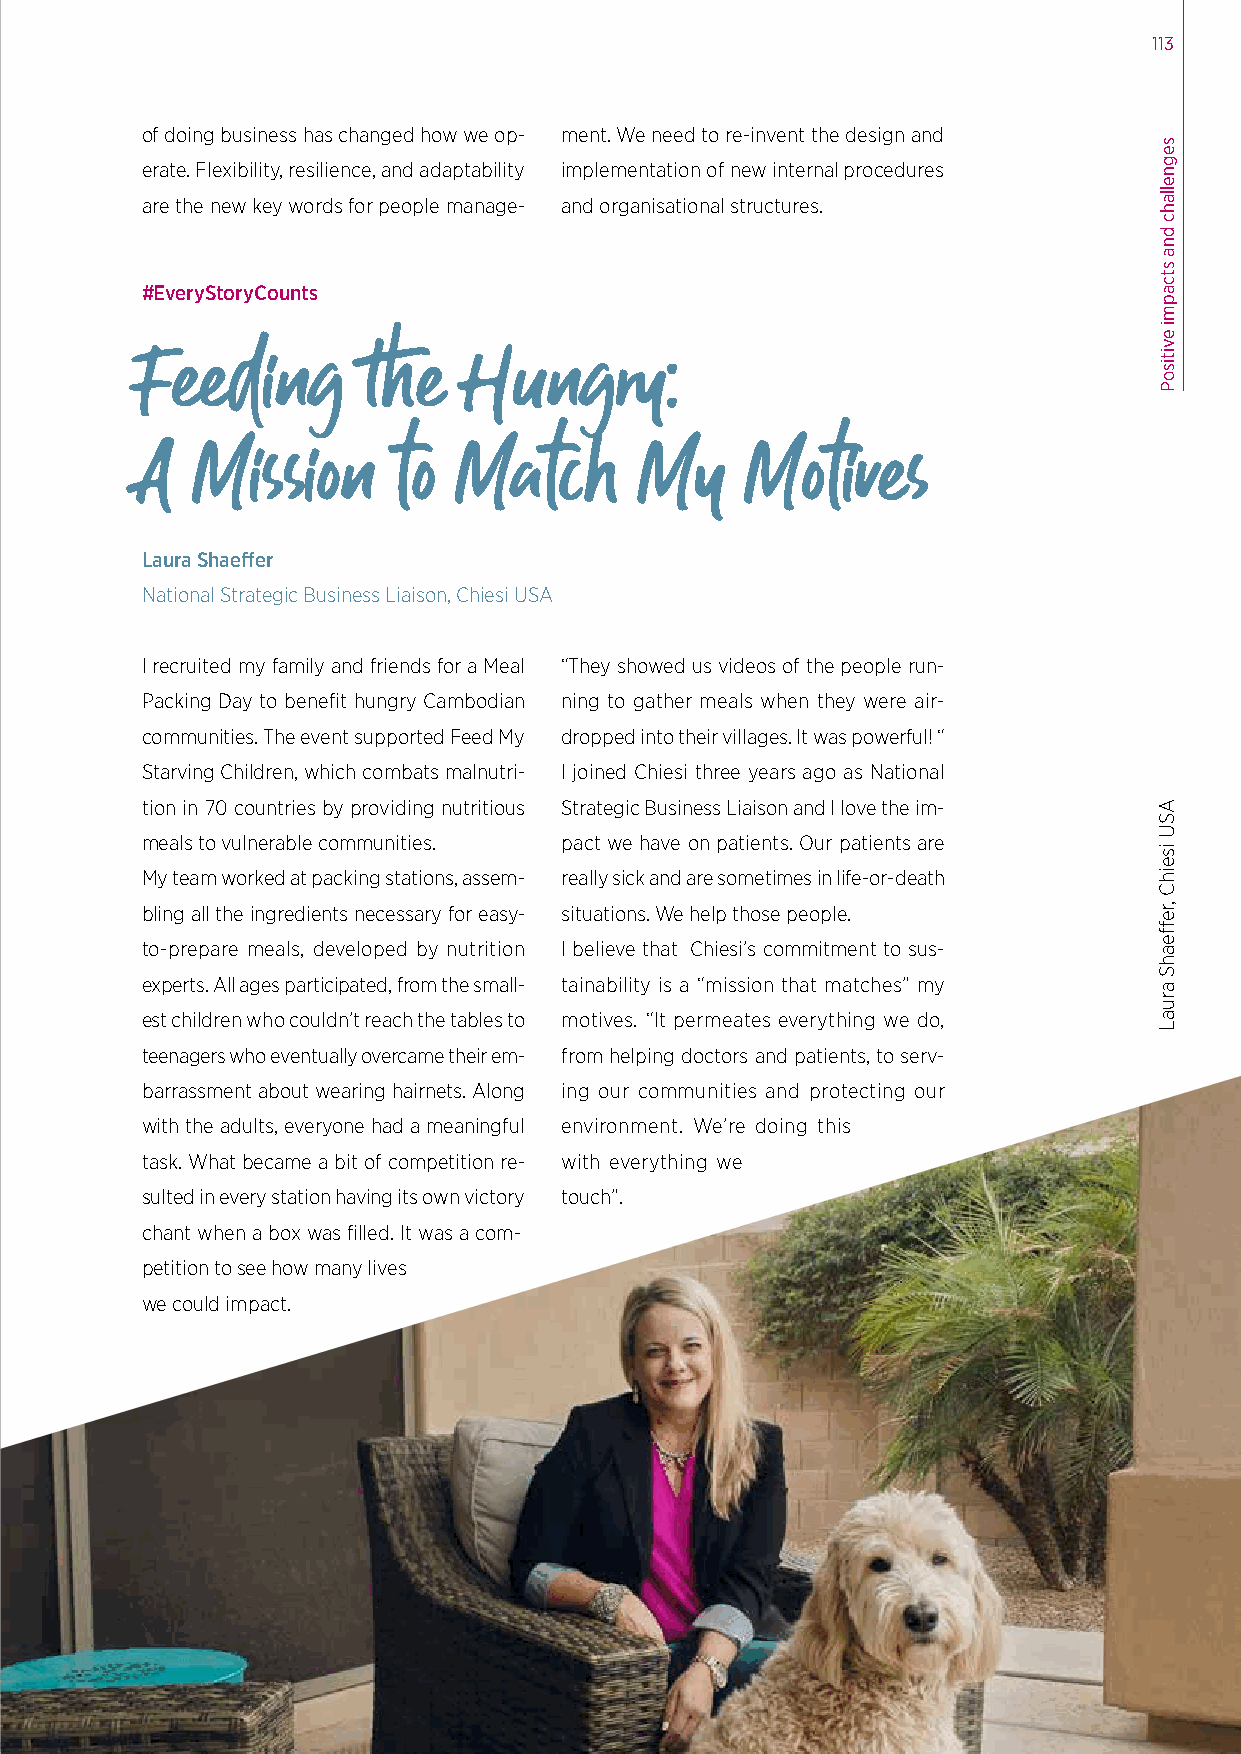
113
 of doing business has changed how we op- ment. We need to re-invent the design and
 erate. Flexibility, resilience, and adaptability implementation of new internal procedures
 are the new key words for people manage- and organisational structures.
 #EveryStoryCounts
 Feeding        the    Hungry:
 A   Mission      to  Match       My     Motives
 Laura Shaeffer
 National Strategic Business Liaison, Chiesi USA
 I recruited my family and friends for a Meal “They showed us videos of the people run-
 Packing Day to benefit hungry Cambodian ning to gather meals when they were air-
 communities. The event supported Feed My dropped into their villages. It was powerful! “
 Starving Children, which combats malnutri- I joined Chiesi three years ago as National
 tion in 70 countries by providing nutritious Strategic Business Liaison and I love the im-
 meals to vulnerable communities. pact we have on patients. Our patients are
 My team worked at packing stations, assem- really sick and are sometimes in life-or-death
 bling all the ingredients necessary for easy- situations. We help those people.
 to-prepare meals, developed by nutrition I believe that Chiesi’s commitment to sus-
 experts. All ages participated, from the small- tainability is a “mission that matches” my
 est children who couldn’t reach the tables to motives. “It permeates everything we do,
 teenagers who eventually overcame their em- from helping doctors and patients, to serv-
 barrassment about wearing hairnets. Along ing our communities and protecting our
 with the adults, everyone had a meaningful environment. We’re doing this
 task. What became a bit of competition re- with everything we
 sulted in every station having its own victory touch”.
 chant when a box was filled. It was a com-
 petition to see how many lives
 we could impact.
 segnellahc
 dna
 stcapmi
 evitisoP
 ASU
 iseihC
 ,reffeahS
 aruaL